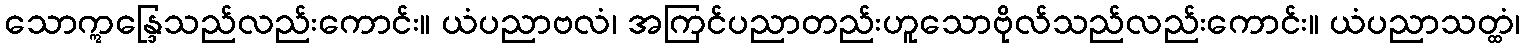
သောဣန္ဒြေသည်လည်းကောင်း။ ယံပညာဗလံ၊ အကြင်ပညာတည်းဟူသောဗိုလ်သည်လည်းကောင်း။ ယံပညာသတ္ထံ၊